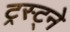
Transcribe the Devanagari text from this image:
ट्रस्ट्ने